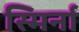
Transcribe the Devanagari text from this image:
स्मिर्ना